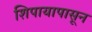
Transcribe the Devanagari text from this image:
शिपायापासून